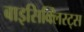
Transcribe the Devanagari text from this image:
बाइसिक्लिस्ट्स